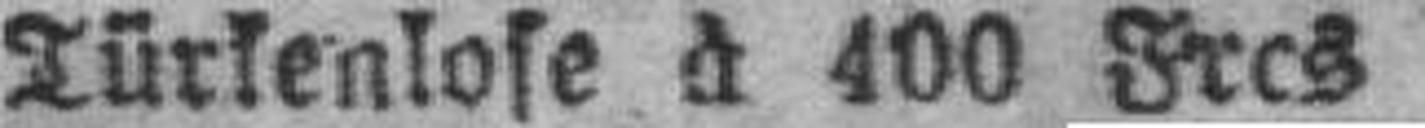
Türkenlose d 400 Fres